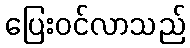
ပြေးဝင်လာသည်